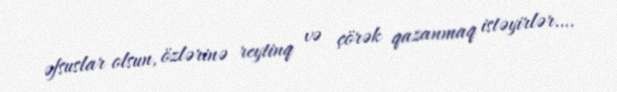
əfsuslar olsun, özlərinə reytinq və çörək qazanmaq istəyirlər….